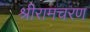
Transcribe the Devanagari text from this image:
श्रीरामचरण